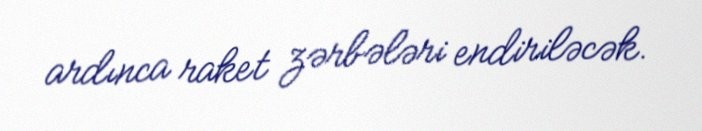
ardınca raket zərbələri endiriləcək.